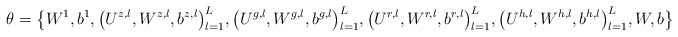
\begin{align*}\theta = \big\{W^1,b^1, \big(U^{z,l},W^{z,l},b^{z,l} \big)^L_{l=1}, \big(U^{g,l},W^{g,l},b^{g,l} \big)^L_{l=1}, \big(U^{r,l},W^{r,l},b^{r,l} \big)^L_{l=1}, \big(U^{h,l},W^{h,l},b^{h,l} \big)^L_{l=1},W,b \big\}\end{align*}